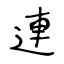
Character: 連